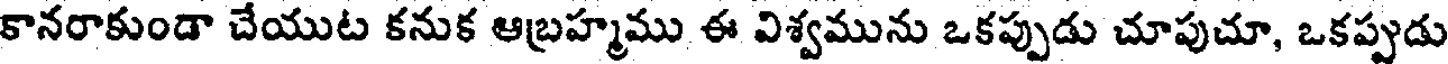
కానరాకుండా చేయుట కనుక ఆబ్రహ్మము ఈ విశ్వమును ఒకప్పుడు చూపుచూ, ఒకప్పుడు